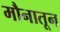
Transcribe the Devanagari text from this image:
मौनातून